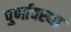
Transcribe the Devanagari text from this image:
पुर्णावस्था